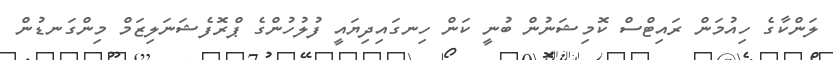
ލަންކާގެ ހިއުމަން ރައިޓްސް ކޮމިޝަނުން ބުނީ ކަން ހިނގައިދިޔައީ ފުލުހުންގެ ޕްރޮފެޝަނަލިޒަމް މިންގަނޑުން